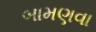
બામણવા